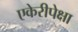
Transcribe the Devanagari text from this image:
एकेरीपेक्षा